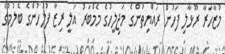
މުޒާހަރާ ރޫޅާލި ފަހުން ރައްޔިތުންގެ މަޖިލީހުގެ މެމްބަރު އަލީ ރިޒާ ފުލުހުންގެ ބެލުމުގެ